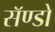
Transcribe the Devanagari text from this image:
सॅण्डो